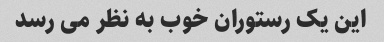
این یک رستوران خوب به نظر می رسد